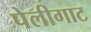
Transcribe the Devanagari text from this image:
पेलीगाट